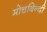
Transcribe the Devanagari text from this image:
मोचबिन्दी